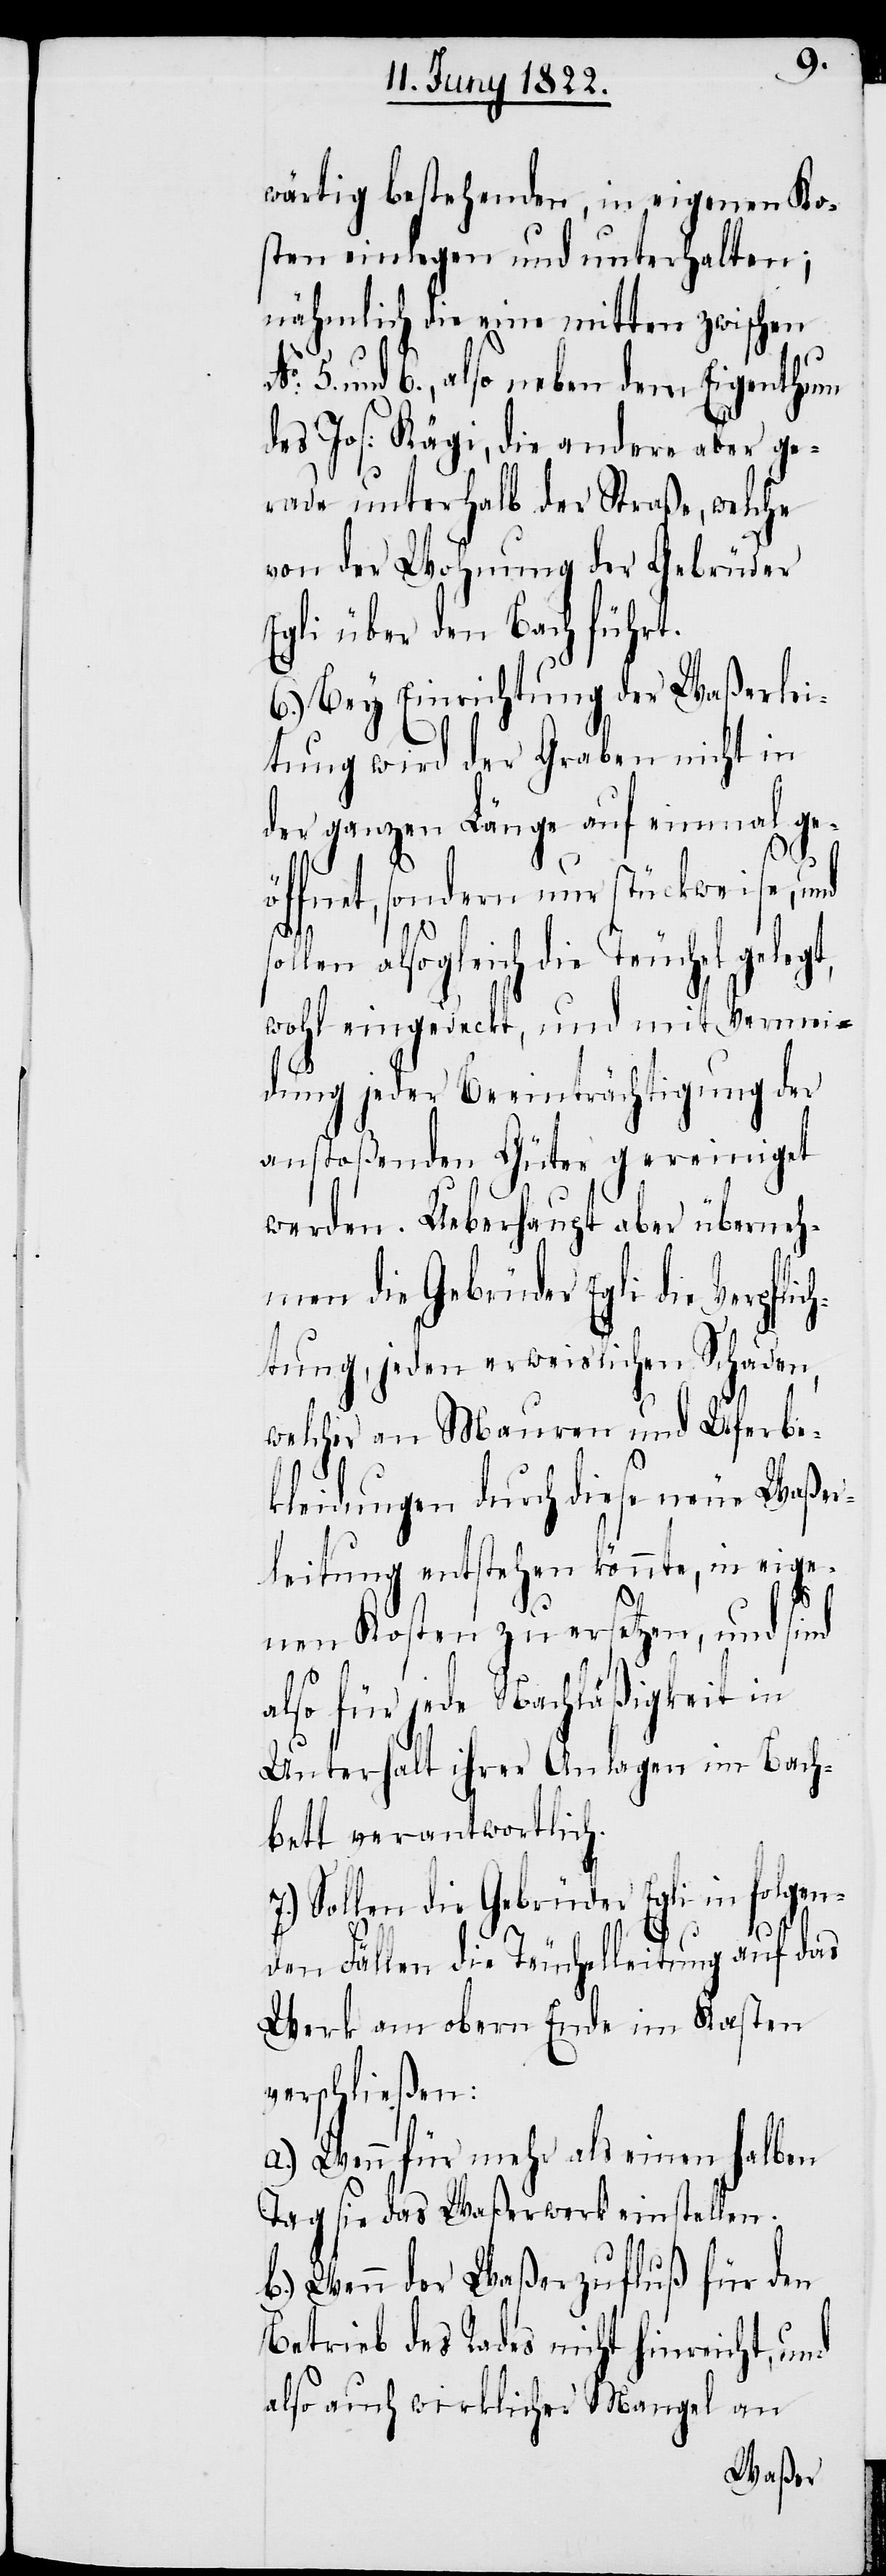
wärtig bestehenden, in eigenen Ko¬
sten einlegen und unterhalten;
nähmlich die eine mitten zwischen
5. und 6., also neben dem Eigenthum
des Jos: Kägi, die andere aber ge¬
rade unterhalb der Straße, welche
von der Wohnung der Gebrüder
Egli über den Bach führt.
6.) Bey Einrichtung der Waßerlei¬
tung wird der Graben nicht in
der ganzen Länge auf einmal ge¬
öffnet, sondern nur stückweise, und
No.
len alsogleich die Teuchel gele¬
wohl eingedeckt, und mit Vermei¬
dung jeder Beeinträchtigung der
anstoßenden Güter gereiniget
werden. Ueberhaupt aber überneh¬
men die Gebrüder Egli die Verpfli¬
chtung, jeden erweislichen Schaden,
welcher an Mauren [sic!] und Uferbe¬
kleidungen durch diese neue Waßer¬
leitung entstehen könnte, in eige¬
gt,
nen Kosten zu ersetzen, und sind
also für jede Nachläßigkeit in
Unterhalt ihrer Anlagen im Bach¬
bett verantwortlich.
7.) Sollen die Gebrüder Egli in folgen¬
den Fällen die Teuchelleitung auf das
Werk am obern Ende im Kasten
verschließen:
a.) Wenn für mehr als einen halben
Tag sie das Waßerwerk einstellen.
b.) Wenn der Waßerzufluß für den
Betrieb des Rades nicht hinreicht, und
also auch wirklicher Mangel an